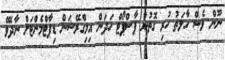
ނޫން ވެސް ހާލަތު ހުރި ގޮތުން ޕާސްޕޯޓް ހަދަން އިމިގްރޭޝަން ޑިޕާޓްމެންޓަށް ނާދެވޭ